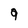
Character: 9